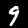
Digit: 9